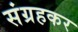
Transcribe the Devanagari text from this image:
संग्रहकर